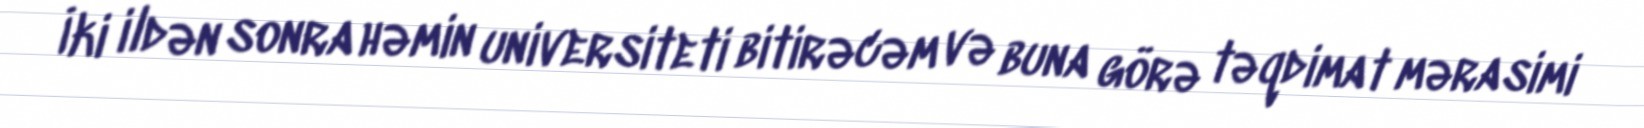
İki ildən sonra həmin universiteti bitirəcəm və buna görə təqdimat mərasimi